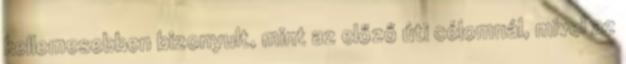
kellemesebben bizonyult, mint az előző úti célomnál, mivel az